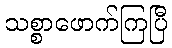
သစ္စာဖောက်ကြပြီ